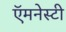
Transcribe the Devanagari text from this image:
ऍमनेस्टी